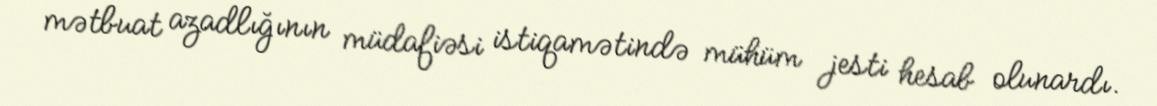
mətbuat azadlığının müdafiəsi istiqamətində mühüm jesti hesab olunardı.